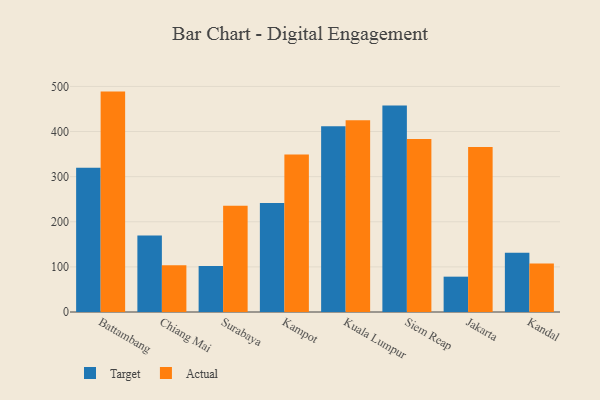
{"axis": {"x": "City", "y": "Latency (ms)"}, "legend": ["Actual", "Target"], "data": [{"x": "Battambang", "y": 319.9, "type": "Target"}, {"x": "Battambang", "y": 488.5, "type": "Actual"}, {"x": "Chiang Mai", "y": 169.8, "type": "Target"}, {"x": "Chiang Mai", "y": 103.4, "type": "Actual"}, {"x": "Surabaya", "y": 101.7, "type": "Target"}, {"x": "Surabaya", "y": 235.7, "type": "Actual"}, {"x": "Kampot", "y": 241.4, "type": "Target"}, {"x": "Kampot", "y": 348.9, "type": "Actual"}, {"x": "Kuala Lumpur", "y": 411.5, "type": "Target"}, {"x": "Kuala Lumpur", "y": 424.8, "type": "Actual"}, {"x": "Siem Reap", "y": 457.6, "type": "Target"}, {"x": "Siem Reap", "y": 383.3, "type": "Actual"}, {"x": "Jakarta", "y": 78.3, "type": "Target"}, {"x": "Jakarta", "y": 365.8, "type": "Actual"}, {"x": "Kandal", "y": 131.4, "type": "Target"}, {"x": "Kandal", "y": 107.7, "type": "Actual"}]}